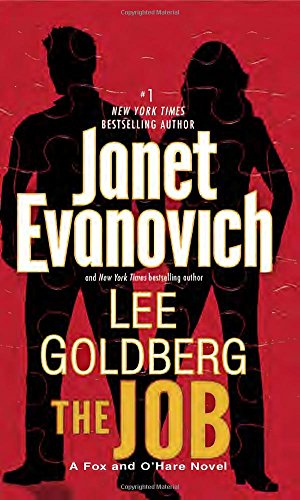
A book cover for The Job: A Fox and O'Hare Novel; Janet Evanovich; Mystery, Thriller & Suspense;